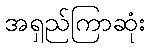
အရှည်ကြာဆုံး